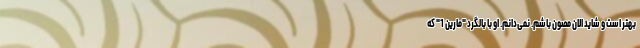
بهتر است و شاید الان مصون باشم. نمی‌دانم. او با بالگرد "مارین 1" که